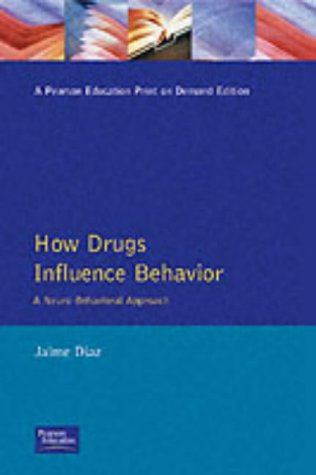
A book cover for How Drugs Influence Behavior: A Neurobehavioral Approach; Jaime Diaz; Medical Books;